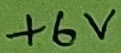
Text: +6V